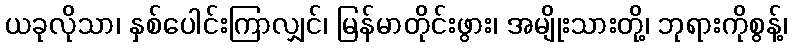
ယခုလိုသာ၊ နှစ်ပေါင်းကြာလျှင်၊ မြန်မာတိုင်းဖွား၊ အမျိုးသားတို့၊ ဘုရားကိုစွန့်၊